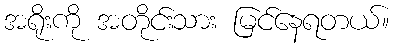
အရိုးကို အတိုင်းသား မြင်နေရတယ်။